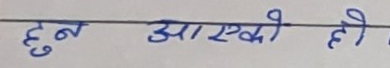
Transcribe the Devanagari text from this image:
हुन आएको हो